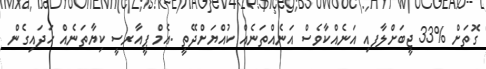
ގޮތަށް %33 ޖީބަށްލާފއި އަނެއްކާވެސް އަނެއްތަނެއް ކުއްޔަށްދޭތީ .އެމް ޕީއާރސީ ކިޔާތަނެއް ހަދައިގެން